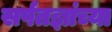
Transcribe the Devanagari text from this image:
सर्पतज्ञांच्या